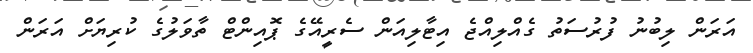
އަރަން ލިބުނު ފުރުސަތު ގެއްލިއްޖެ އިޓާލިއަން ސެރީއޭގެ ޕޮއިންޓް ތާވަލުގެ ކުރިޔަށް އަރަން